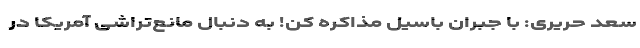
سعد حریری: با جبران باسیل مذاکره کن! به دنبال مانع‌تراشی آمریکا در